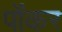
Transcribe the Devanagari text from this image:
पोंकर